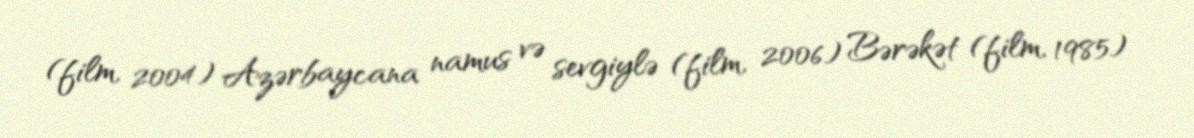
(film, 2004) Azərbaycana namus və sevgiylə (film, 2006) Bərəkət (film, 1985)